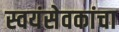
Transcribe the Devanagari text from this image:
स्वयंसेवकांचा